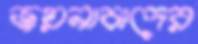
জয়নাবাদের